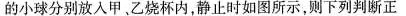
的小球分别放入甲。乙烧杯内，静止时如图所示，则下列判断正